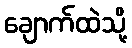
ချောက်ထဲသို့